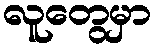
လူတွေမှာ